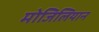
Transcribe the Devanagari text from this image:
मोजिलियान